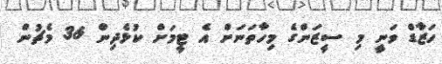
ހަޒާޑް ވަނީ މި ސީޒަންގެ މިހާތަނަށް އެ ޓީމަށް ކުޅެދިން 36 މެޗުން